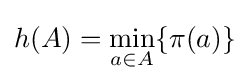
h(A)=\min _{a\in A}\{\pi (a)\}